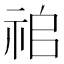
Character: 𥙢